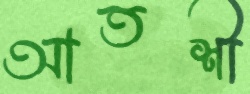
আতশী